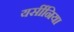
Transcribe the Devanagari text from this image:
यर्सीनिया